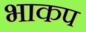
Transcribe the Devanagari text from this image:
भाकप